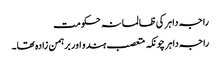
راجہ داہر کی ظالمانہ حکومت
راجہ داہر چونکہ متعصب ہندو اور برہمن زادہ تھا۔